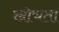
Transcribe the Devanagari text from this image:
खोचता